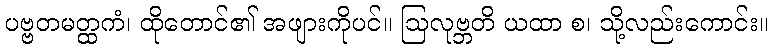
ပဗ္ဗတမတ္ထကံ၊ ထိုတောင်၏ အဖျားကိုပင်။ ဩလုဗ္ဘတိ ယထာ စ၊ သို့လည်းကောင်း။